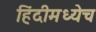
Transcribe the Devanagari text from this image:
हिंदीमध्येच